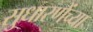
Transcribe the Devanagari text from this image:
सुधारणेंच्या